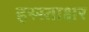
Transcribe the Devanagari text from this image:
हस्स्ताक्षर